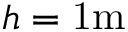
h = \mathrm { 1 m }